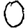
Digit: 0